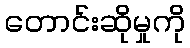
တောင်းဆိုမှုကို